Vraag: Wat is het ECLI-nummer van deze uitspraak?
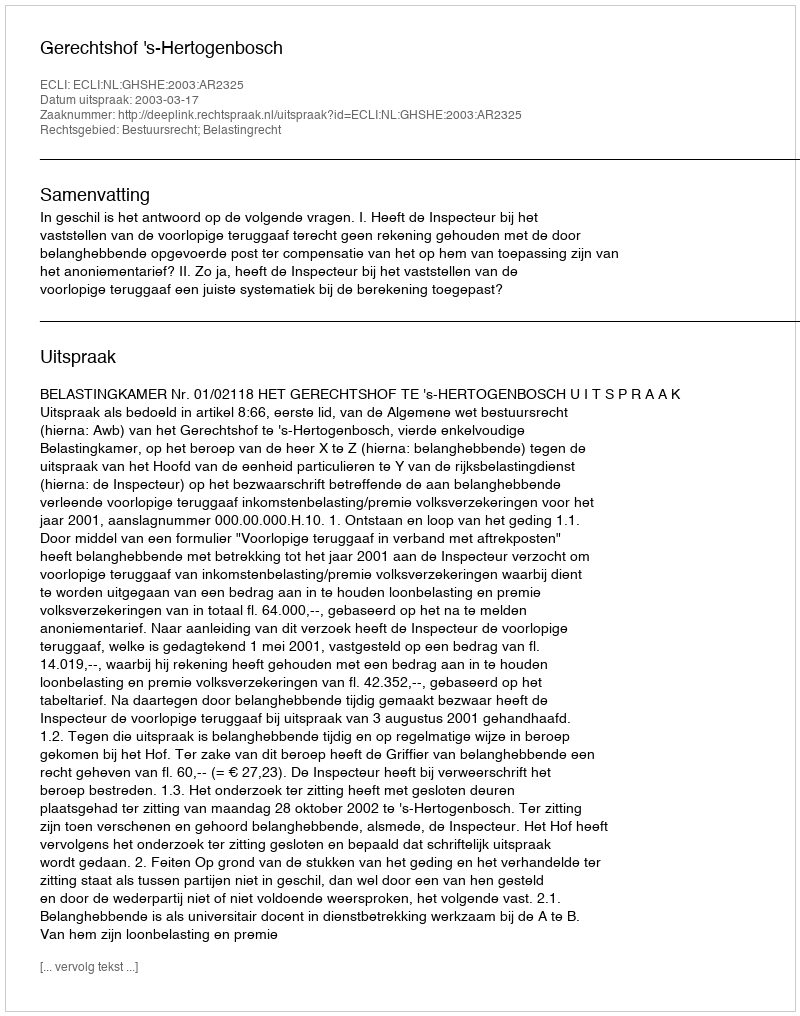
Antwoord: ECLI:NL:GHSHE:2003:AR2325